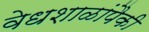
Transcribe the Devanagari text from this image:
वेधशाळांपैकी